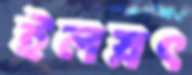
ইলস্নৎ